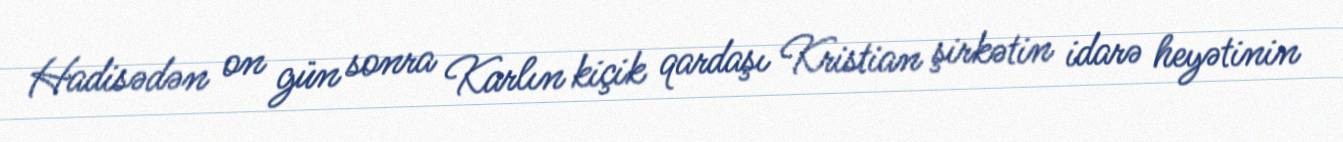
Hadisədən on gün sonra Karlın kiçik qardaşı Kristian şirkətin idarə heyətinin